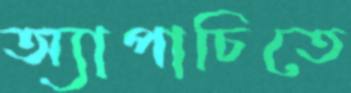
অ্যাপাচিতে